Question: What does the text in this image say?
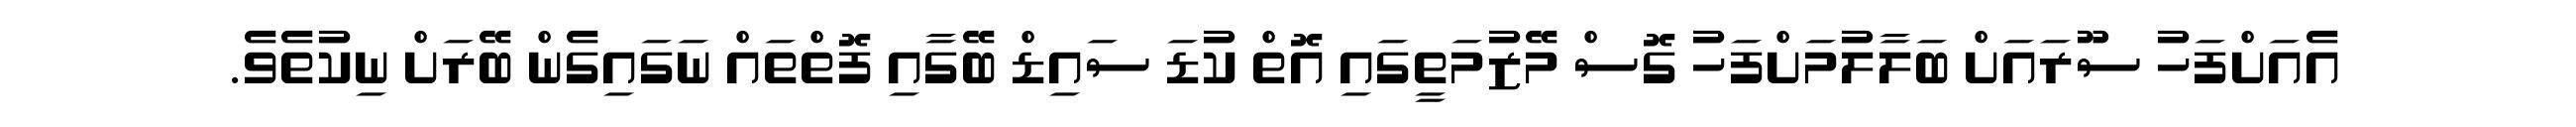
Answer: އެއަށްފަހު ސޫރައަށް ބަލާލުމަށްފަހު ގޮސް މޭޒުމަތީގައި އޮތް ކުޑަ ސައިޑް ބޭގާއި ފޮތްތައް ނަގައިގެން ބޭރަށް ނިކުތެވެ.